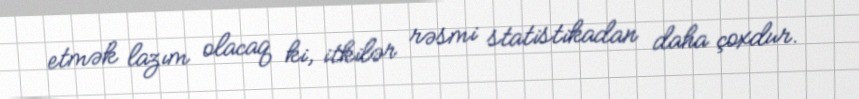
etmək lazım olacaq ki, itkilər rəsmi statistikadan daha çoxdur.